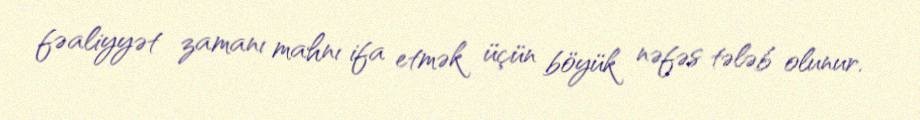
fəaliyyət zamanı mahnı ifa etmək üçün böyük nəfəs tələb olunur.